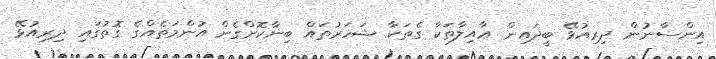
އިންސާނުން ދިރިއުޅޭ ބީދައިން ޢާއިލާތަކާ ގެތަކާ ޝަހަރުތައް ބިނާކޮށްގެން އުންމަތެއްގެ ގޮތުގައި ދިރިއުޅޭ